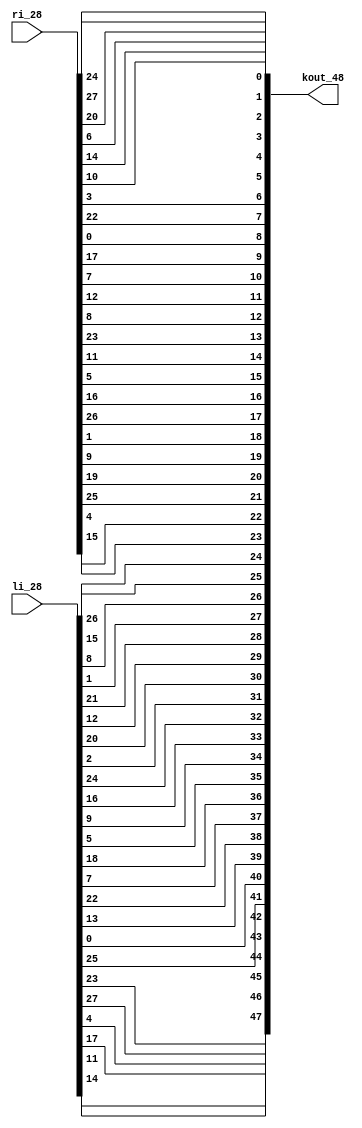
/**************************************************************************************
*   Name        :des_pc2.v
*   Description :DES subkeys pc2,part of des_top.v 
*                164,
*   Origin      :20181228
**************************************************************************************/
module des_pc2
(
    input   wire [1:28] li_28,
    input   wire [1:28] ri_28,
    output  wire [1:48] kout_48
);
wire [1:56]in_56;
assign in_56 = {li_28,ri_28};
assign kout_48 = {
in_56[14], in_56[17], in_56[11], in_56[24], in_56[1],  in_56[5], 
in_56[3],  in_56[28], in_56[15], in_56[6],  in_56[21], in_56[10],
in_56[23], in_56[19], in_56[12], in_56[4],  in_56[26], in_56[8], 
in_56[16], in_56[7],  in_56[27], in_56[20], in_56[13], in_56[2],

in_56[41], in_56[52], in_56[31], in_56[37], in_56[47], in_56[55], 
in_56[30], in_56[40], in_56[51], in_56[45], in_56[33], in_56[48], 
in_56[44], in_56[49], in_56[39], in_56[56], in_56[34], in_56[53], 
in_56[46], in_56[42], in_56[50], in_56[36], in_56[29], in_56[32]

};
endmodule